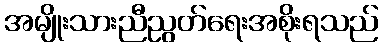
အမျိုးသားညီညွတ်ရေးအစိုးရသည်